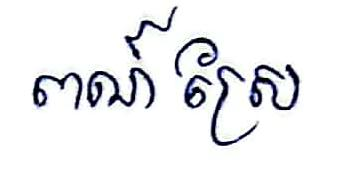
ពណ៍ស្រែ